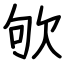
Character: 欨